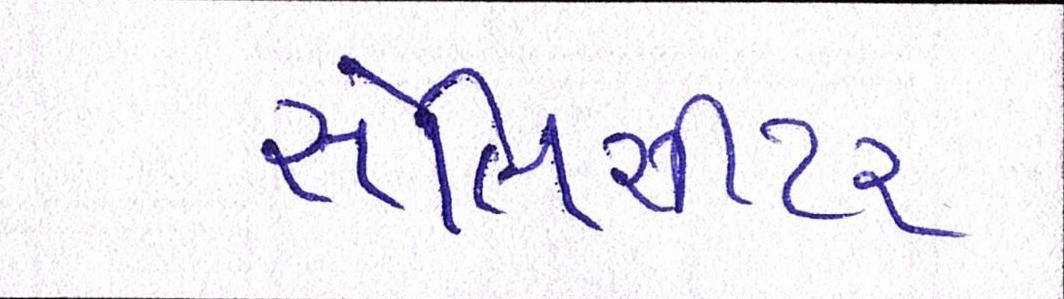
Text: સોલિસીટર